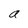
Character: a